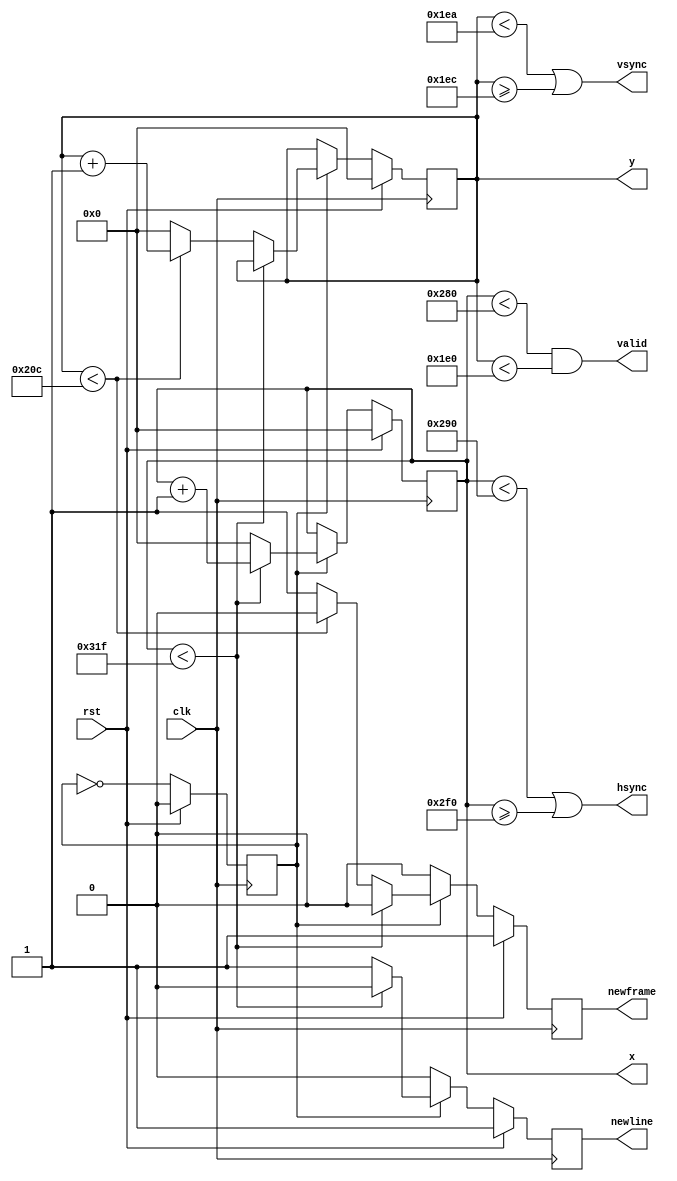
`timescale 1ns / 1ps
module vga(
    input clk,
    input rst,
    output reg [9:0] x,
    output reg [9:0] y,
    output valid,
    output hsync,
    output vsync,
    output reg newframe, // 1 clock pulse when new frame starts
    output reg newline // 1 clock pulse when new line starts
    );
    
reg clk25; // 25MHz signal (clk divided by 2)

assign hsync = x < (640 + 16) || x >= (640 + 16 + 96);
assign vsync = y < (480 + 10) || y >= (480 + 10 + 2);
assign valid = (x < 640) && (y < 480);

always @(posedge clk) begin
  newframe <= 0;
  newline <= 0;
  if (rst) begin
    x <= 10'b0;
    y <= 10'b0;
    clk25 <= 1'b0;
    newframe <= 1;
    newline <= 1;
  end else begin
    clk25 <= ~clk25;
    if (clk25 == 1'b1) begin
      if (x < 10'd799) begin
        x <= x + 1'b1;
      end else begin
        x <= 10'b0;
        newline <= 1;
        if (y < 10'd524) begin
          y <= y + 1'b1;
        end else begin
          y <= 10'b0;
          newframe <= 1;
        end
      end
    end
  end
end

endmodule